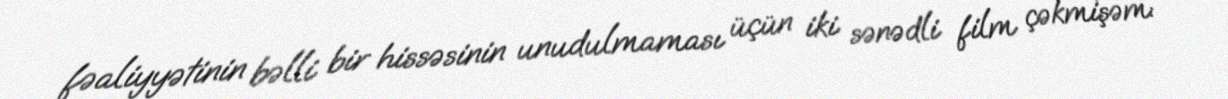
fəaliyyətinin bəlli bir hissəsinin unudulmaması üçün iki sənədli film çəkmişəm: